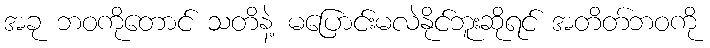
အခု ဘဝကိုတောင် သတိနဲ့ မပြောင်းမလဲနိုင်ဘူးဆိုရင် အတိတ်ဘဝကို